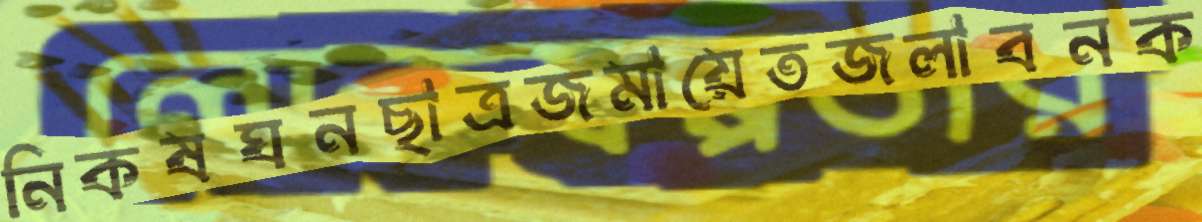
নিকষঘনছাত্রজমায়েতজলাবনক